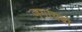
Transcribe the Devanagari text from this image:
जगायबो